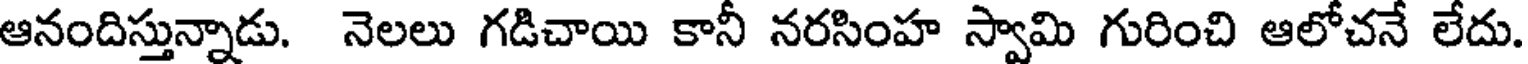
ఆనందిస్తున్నాడు. నెలలు గడిచాయి కానీ నరసింహ స్వామి గురించి ఆలోచనే లేదు.